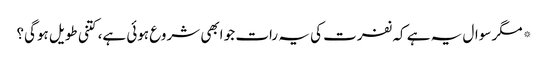
*مگر سوال یہ ہے کہ نفرت کی یہ رات جو ابھی شروع ہوئی ہے، کتنی طویل ہوگی؟